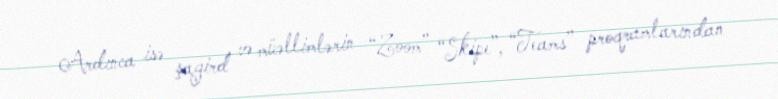
Ardınca isə şagird və müəllimlərin “Zoom” “Skipe”, “Teams” proqramlarından